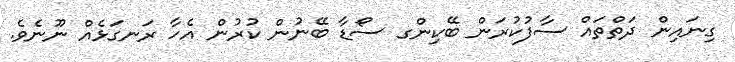
ގިނައިން ދަތްތައް ސާފުކުރަން ބޭކިންގ ސޯޑާ ބޭނުން ކުރުން އެހާ ރަނގަޅެއް ނޫނެވެ.